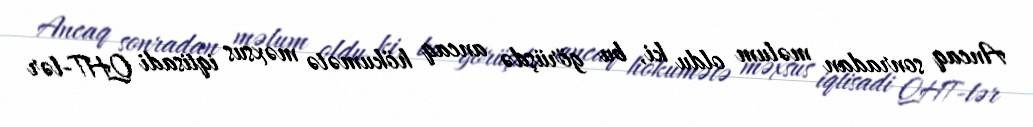
Ancaq sonradan məlum oldu ki, bu görüşdə ancaq hökumətə məxsus iqtisadi QHT-lər